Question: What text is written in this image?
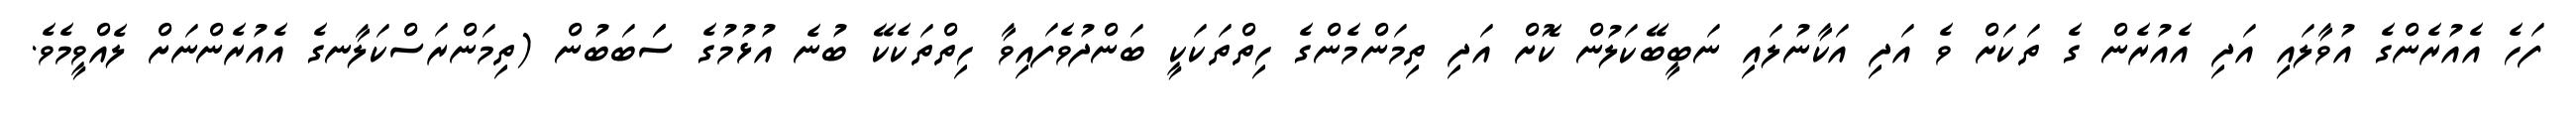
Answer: ފަހެ އެއުރެންގެ އުވާލައި އަދި އެއުރެން ގެ ތަކަށް ވެ އަދި އަކާނުލައި ނަބީބޭކަލުން ކޮށް އަދި ތިމަންމެންގެ ހިތްތަކަކީ ބަންދުވެފައިވާ ހިތްތަކެކޭ ބުނެ އުޅުމުގެ ސަަބަބުން (ތިމަންރަސްކަލާނގެ އެއުރެންނަށް ލެއްވީމެވެ.